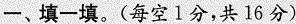
一、填一填。(每空1分，共16分)